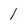
Character: 1